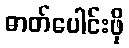
ဓာတ်ပေါင်းဖို